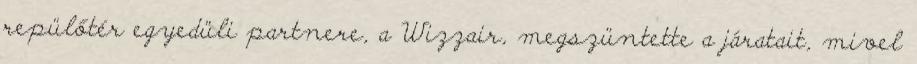
repülőtér egyedüli partnere, a Wizzair, megszüntette a járatait, mivel